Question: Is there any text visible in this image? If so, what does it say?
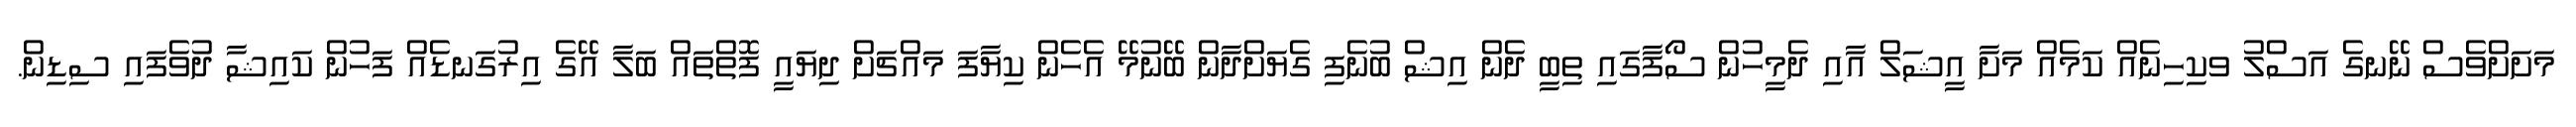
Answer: މަށަށްވެސް ނޭނގެ އަސްލު ވކިހިނެއް ކަމެއް މަށާ އީޝަލް އާއި ދެމީހުން ސޯފާގައި ތިބީ ދެން އިޝް ބުނެފި ގެޔަށްދާން ބޭނުމޭ އެހެން ކިޔާފަ މައްޗަށް ދިޔައީ ފޮތްތައް ބަލާ އޭގެ އިރުގަނޑެއް ފަހުން ކައިޝާ ދުވެފައި ސިޑިން.